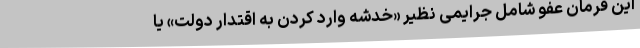
این فرمان عفو شامل جرایمی نظیر «خدشه وارد کردن به اقتدار دولت» یا